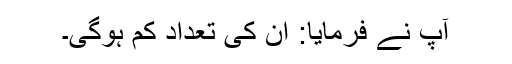
آپ نے فرمایا: ان کی تعداد کم ہوگی۔